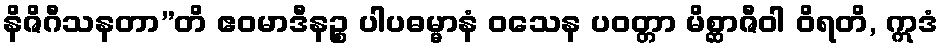
နိဇိဂီသနတာ”တိ ဧဝမာဒီနဉ္စ ပါပဓမ္မာနံ ဝသေန ပဝတ္တာ မိစ္ဆာဇီဝါ ဝိရတိ, ဣဒံ